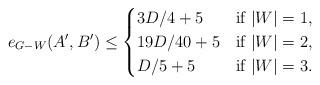
LaTeX: \begin{align*}e_{G- W}(A',B') \le \begin{cases}3D/4+5& \textrm{if $|W|=1$,} \\19D/{40}+5& \textrm{if $|W|=2$,} \\D/5+5& \textrm{if $|W|=3$.}\end{cases}\end{align*}